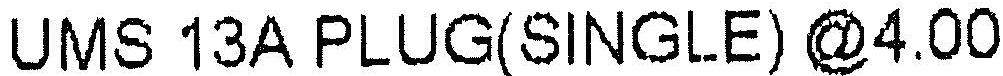
UMS 13A PLUG(SINGLE) @4.00